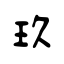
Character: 玖